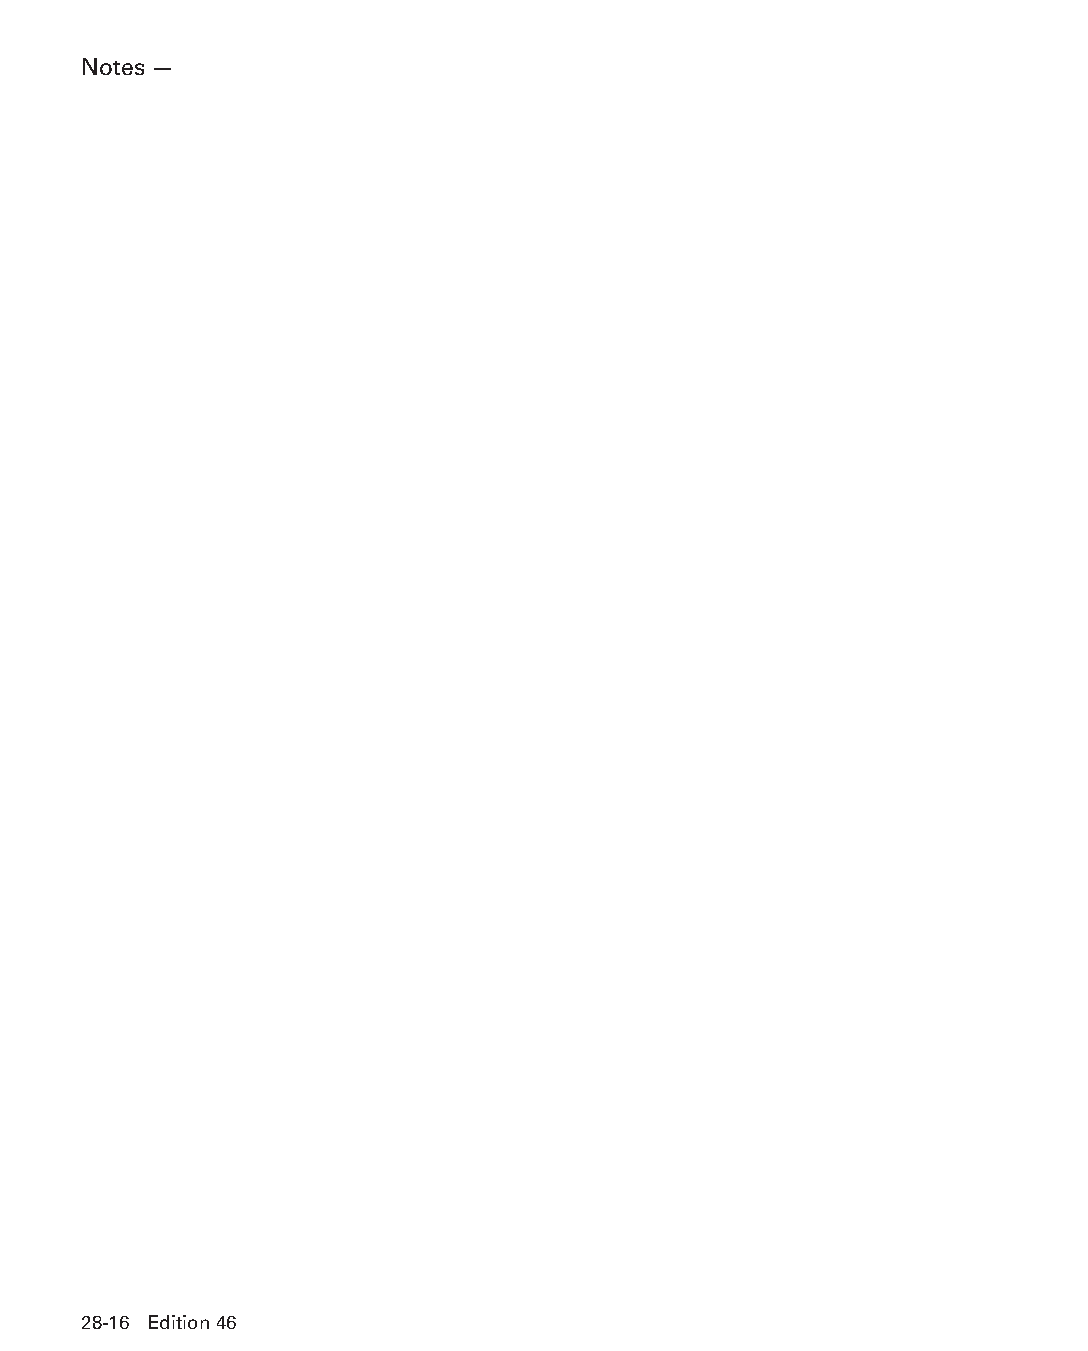
Notes —
 28-16 Edition 46
 PPHHBB--SSeecc2288--1166..iinndddd 1166                        1122//44//1155 1111::2200 AAMM